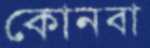
কোনবা